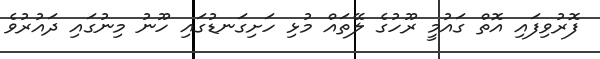
ފޮރުވިފައި އޮތް ގައުމީ ރޫހުގެ ލޭތައް މުޅި ހަށިގަނޑުގައި ހޫނު މިނުގައި ދައުރުވެ